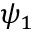
\psi _ { 1 }